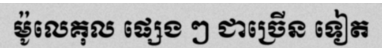
ម៉ូលេគុល ផ្សេង ៗ ជាច្រើន ទៀត